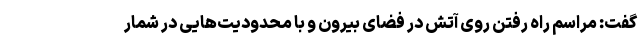
گفت: مراسم راه رفتن روی آتش در فضای بیرون و با محدودیت‌هایی در شمار